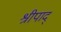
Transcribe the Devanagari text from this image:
श्रीपाद्